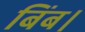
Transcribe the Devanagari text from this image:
बिंब।